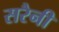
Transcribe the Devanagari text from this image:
सरैनी